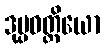
ဒုပ္ပဝတ္တိယော